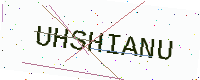
Text: UHSHIANU